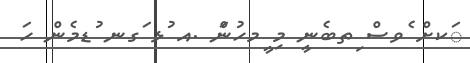
ަކށް ެވސް ިތބެނީ މި ީމހުންަ .އ ުޅ ަގނ ުޑމެން ހަ